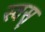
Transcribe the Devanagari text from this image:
स्वसृ